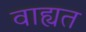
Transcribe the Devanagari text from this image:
वाह्यत